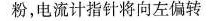
粉，电流计指针将向左偏转